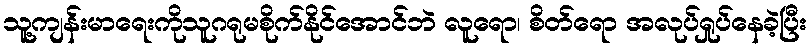
သူ့ကျန်းမာရေးကိုသူဂရုမစိုက်နိုင်အောင်ဘဲ လူရော၊ စိတ်ရော အလုပ်ရှုပ်နေခဲ့ပြီး